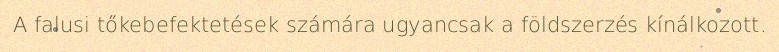
A falusi tőkebefektetések számára ugyancsak a földszerzés kínálkozott.